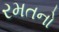
રમતનો